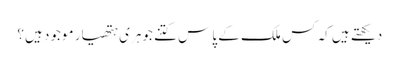
دیکھتے ہیں کہ کس ملک کے پاس کتنے جوہری ہتھیار موجود ہیں؟